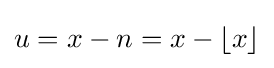
u=x-n=x-\lfloor x\rfloor